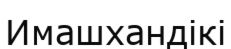
Имашхандікі